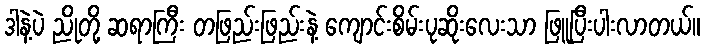
ဒါနဲ့ပဲ ညိုတို့ ဆရာကြီး တဖြည်းဖြည်းနဲ့ ကျောင်းစိမ်းပုဆိုးလေးသာ ဖြူပြီးပါးလာတယ်။